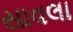
સાવલા